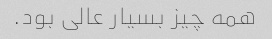
همه چیز بسیار عالی بود.